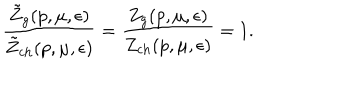
LaTeX: \frac { \tilde { Z } _ { g } ( p , \mu , \epsilon ) } { \tilde { Z } _ { \mathrm { c h } } ( p , \mu , \epsilon ) } = \frac { Z _ { g } ( p , \mu , \epsilon ) } { Z _ { \mathrm { c h } } ( p , \mu , \epsilon ) } = 1 .